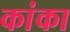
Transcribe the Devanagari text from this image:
कांका